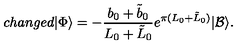
c h a n g e d | \Phi \rangle = - \frac { b _ { 0 } + \tilde { b } _ { 0 } } { L _ { 0 } + \tilde { L } _ { 0 } } e ^ { \pi ( L _ { 0 } + \tilde { L } _ { 0 } ) } | \mathcal { B } \rangle .